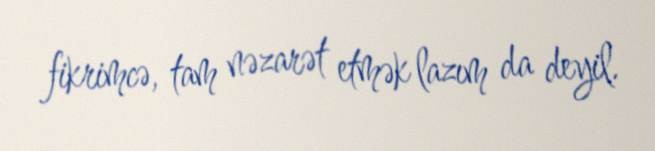
fikrimcə, tam nəzarət etmək lazım da deyil.